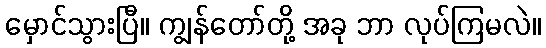
မှောင်သွားပြီ။ ကျွန်တော်တို့ အခု ဘာ လုပ်ကြမလဲ။